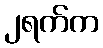
၂ရက်က